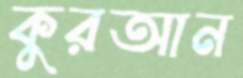
কুরআন